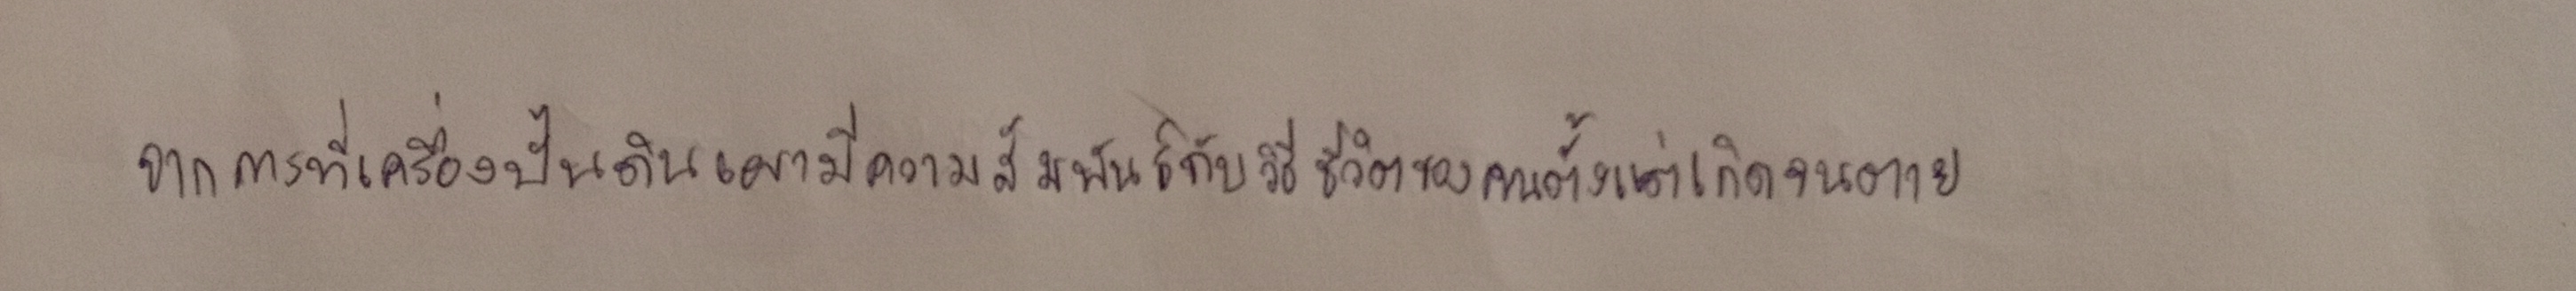
จากการที่เครื่องปั้นดินเผามีความสัมพันธ์กับวิถีชีวิตของคนตั้งแต่เกิดจนตาย